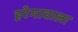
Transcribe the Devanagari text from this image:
हरेगावाला